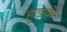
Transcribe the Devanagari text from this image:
हुड़के